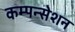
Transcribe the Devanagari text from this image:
कम्पन्सेशन